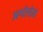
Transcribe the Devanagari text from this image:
अगोरोत